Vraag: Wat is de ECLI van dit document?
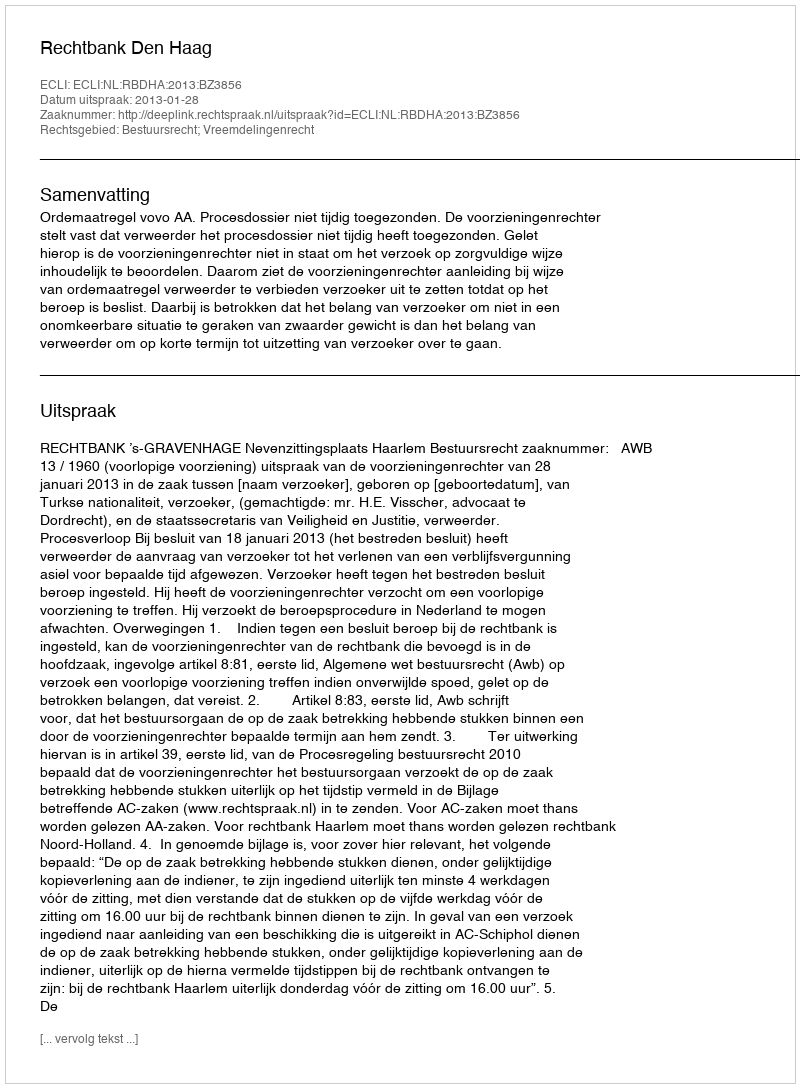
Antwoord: ECLI:NL:RBDHA:2013:BZ3856